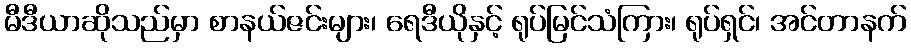
မီဒီယာဆိုသည်မှာ စာနယ်ဇင်းများ၊ ရေဒီယိုနှင့် ရုပ်မြင်သံကြား၊ ရုပ်ရှင်၊ အင်တာနက်